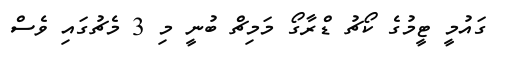
ގައުމީ ޓީމުގެ ކޯޗު ޑްރާގޯ މަމިޗް ބުނީ މި 3 މެޗުގައި ވެސް